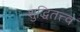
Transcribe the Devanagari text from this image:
शुद्धितत्त्व